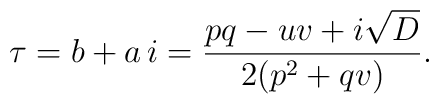
\tau = b + a \, i = \frac{pq-uv + i \sqrt{D}}{2(p^2+q v)}.